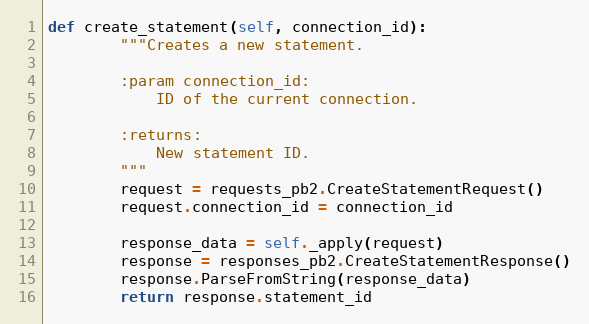
Language: Python
def create_statement(self, connection_id):
        """Creates a new statement.

        :param connection_id:
            ID of the current connection.

        :returns:
            New statement ID.
        """
        request = requests_pb2.CreateStatementRequest()
        request.connection_id = connection_id

        response_data = self._apply(request)
        response = responses_pb2.CreateStatementResponse()
        response.ParseFromString(response_data)
        return response.statement_id